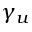
\gamma _ { u }